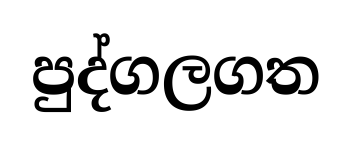
පුද්ගලගත